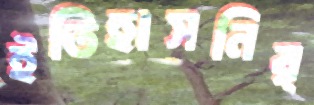
ইতিহাসনির্